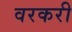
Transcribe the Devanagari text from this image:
वरकरी